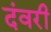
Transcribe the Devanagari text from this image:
दंवरी